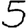
Digit: 5